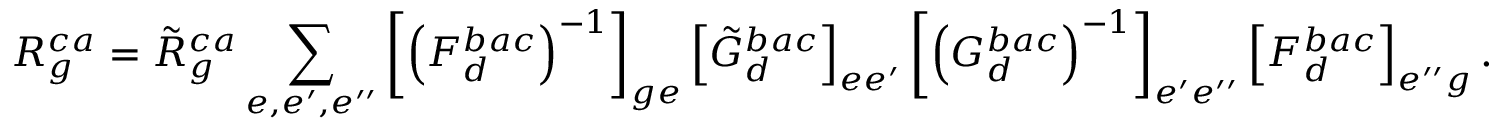
R _ { g } ^ { c a } = \tilde { R } _ { g } ^ { c a } \sum _ { e , e ^ { \prime } , e ^ { \prime \prime } } \left[ \left( F _ { d } ^ { b a c } \right) ^ { - 1 } \right] _ { g e } \left[ \tilde { G } _ { d } ^ { b a c } \right] _ { e e ^ { \prime } } \left[ \left( G _ { d } ^ { b a c } \right) ^ { - 1 } \right] _ { e ^ { \prime } e ^ { \prime \prime } } \left[ F _ { d } ^ { b a c } \right] _ { e ^ { \prime \prime } g } .